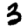
Digit: 3